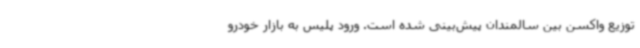
توزیع واکسن بین سالمندان پیش‌بینی شده است. ورود پلیس به بازار خودرو